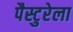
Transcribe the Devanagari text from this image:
पैस्टुरेला